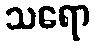
သရော